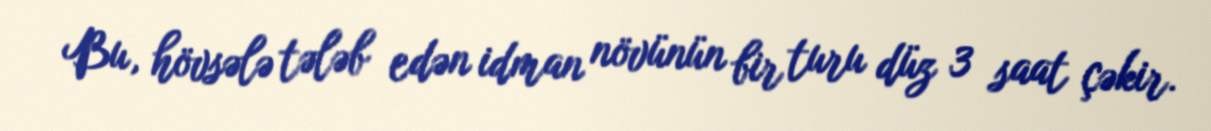
Bu, hövsələ tələb edən idman növünün bir turu düz 3 saat çəkir.